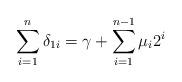
LaTeX: \begin{align*}\sum\limits^{n}_{i=1}\delta_{1i}=\gamma+\sum\limits^{n-1}_{i=1}\mu_{i}2^{i}\end{align*}